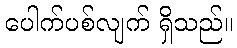
ပေါက်ပစ်လျက် ရှိသည်။